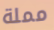
مملة